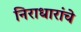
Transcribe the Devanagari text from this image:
निराधारांचे